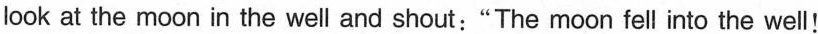
look at the moon in the well and shout:"The moon fell into the well!